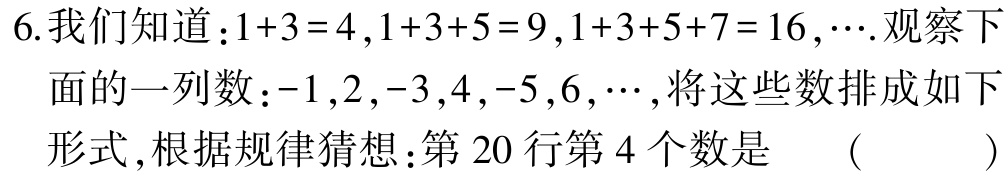
6.我们知道：\(1 + 3 = 4\)，\(1 + 3 + 5 = 9\)，\(1 + 3 + 5 + 7 = 16\)，\(\cdots\).观察下面的一列数：\(-1\)，\(2\)，\(-3\)，\(4\)，\(-5\)，\(6\)，\(\cdots\)，将这些数排成如下形式，根据规律猜想：第\(20\)行第\(4\)个数是 （  ）